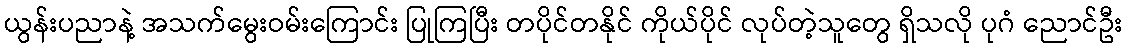
ယွန်းပညာနဲ့ အသက်မွေးဝမ်းကြောင်း ပြုကြပြီး တပိုင်တနိုင် ကိုယ်ပိုင် လုပ်တဲ့သူတွေ ရှိသလို ပုဂံ ညောင်ဦး